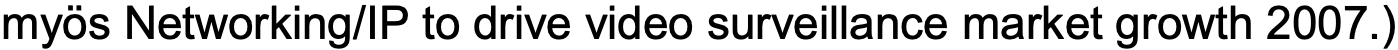
myös Networking/IP to drive video surveillance market growth 2007.)